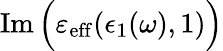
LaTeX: \operatorname{Im}\Big(\varepsilon_{\mathrm{eff}}(\epsilon_{1}(\omega),1)\Big)